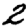
Digit: 2